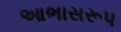
આભાસરૂપ